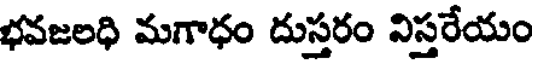
భవజలధి మగాధం దుస్తరం నిస్తరేయం